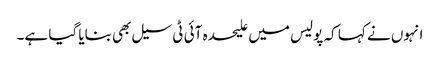
انہوں نے کہا کہ پولیس میں علیحدہ آئی ٹی سیل بھی بنایا گیا ہے۔